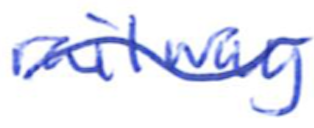
Text: railway
Cross-out: wave
Writing tool: ballpoint